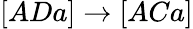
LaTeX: [ADa]\rightarrow[ACa]